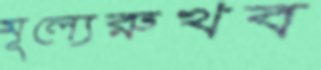
মূল্যেরুখব